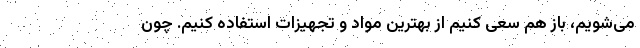
می‌شویم، باز هم سعی کنیم از بهترین مواد و تجهیزات استفاده کنیم. چون